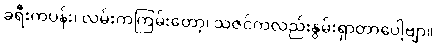
ခရီးကပန်း၊ လမ်းကကြမ်းတော့၊ သဇင်ကလည်းနွမ်းရှာတာပေါ့ဗျာ။